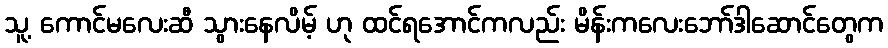
သူ့ ကောင်မလေးဆီ သွားနေလိမ့် ဟု ထင်ရအောင်ကလည်း မိန်းကလေးဘော်ဒါဆောင်တွေက